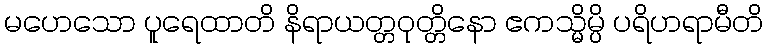
မဟေသော ပူရေထာတိ နိရာယတ္တဝုတ္တိနော ဧကသ္မိမ္ပိ ပရိဟရာမီတိ